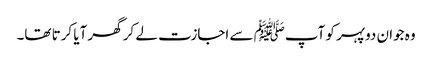
وہ جوان دوپہر کو آپﷺ سے اجازت لے کر گھر آیا کرتا تھا۔